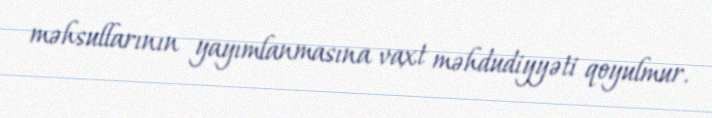
məhsullarının yayımlanmasına vaxt məhdudiyyəti qoyulmur.